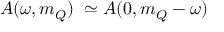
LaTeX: { \cal A } ( \omega , m _ { Q } ) \; \simeq { \cal A } ( 0 , m _ { Q } - \omega )